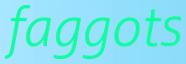
faggots